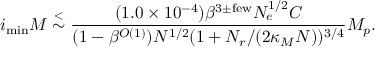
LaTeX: i _ { \mathrm { m i n } } M \stackrel { < } { \sim } \frac { ( 1 . 0 \times 1 0 ^ { - 4 } ) \beta ^ { 3 \pm \mathrm { f e w } } N _ { e } ^ { 1 / 2 } { \cal C } } { ( 1 - \beta ^ { O ( 1 ) } ) N ^ { 1 / 2 } ( 1 + N _ { r } / ( 2 \kappa _ { M } N ) ) ^ { 3 / 4 } } M _ { p } .